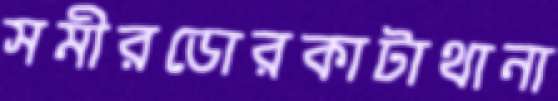
সমীরডোরকাটাথানা